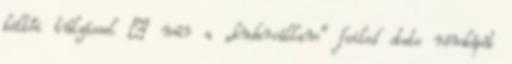
költői túlzással – már a „kudarcállam” failed state rémképét